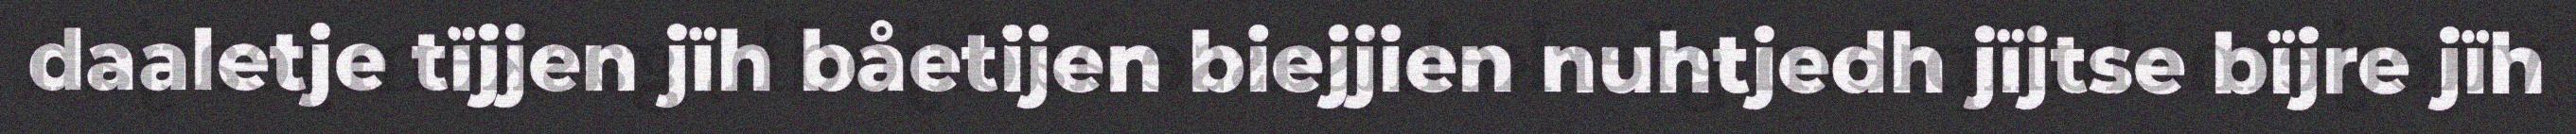
daaletje tïjjen jïh båetijen biejjien nuhtjedh jïjtse bïjre jïh